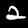
Digit: 2